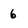
Character: 6